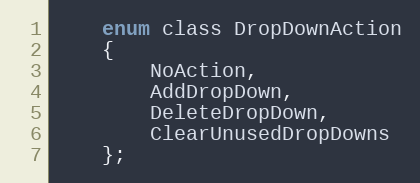
Language: C
    enum class DropDownAction
    {
        NoAction,
        AddDropDown,
        DeleteDropDown,
        ClearUnusedDropDowns
    };